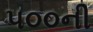
૫૦૦ની